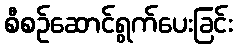
စီစဉ်ဆောင်ရွက်ပေးခြင်း